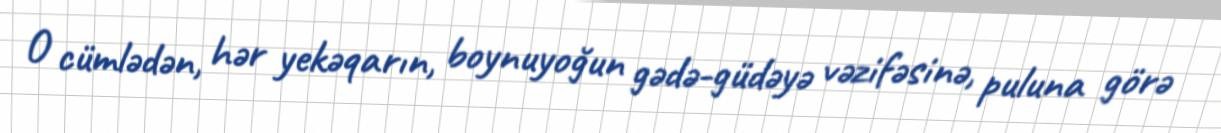
O cümlədən, hər yekəqarın, boynuyoğun gədə-güdəyə vəzifəsinə, puluna görə